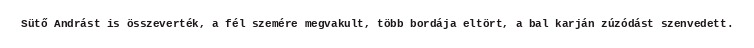
Sütő Andrást is összeverték, a fél szemére megvakult, több bordája eltört, a bal karján zúzódást szenvedett.